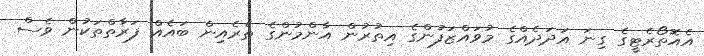
އެއޮތޯރެޓީގެ ގިނަ އަދަދެއްގެ މުވައްޒަފުންގެ އިތުރުން އާންމުންގެ ތެރެއިން ބައެއް ފަރާތްތަކުން ވެސް